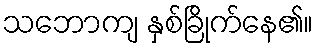
သဘောကျ နှစ်ခြိုက်နေ၏။